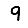
Digit: 9